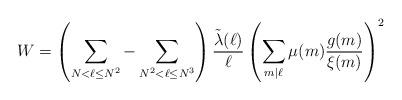
LaTeX: \begin{align*} W=\left(\sum_{N<\ell\le N^2}-\sum_{N^2<\ell\le N^3}\right)\frac{\tilde\lambda(\ell)}{\ell}\left(\sum_{m\mid \ell}\mu(m)\frac{g(m)}{\xi(m)}\right)^2\end{align*}